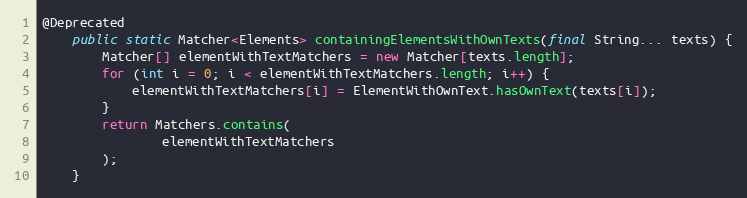
Language: Java
@Deprecated
    public static Matcher<Elements> containingElementsWithOwnTexts(final String... texts) {
        Matcher[] elementWithTextMatchers = new Matcher[texts.length];
        for (int i = 0; i < elementWithTextMatchers.length; i++) {
            elementWithTextMatchers[i] = ElementWithOwnText.hasOwnText(texts[i]);
        }
        return Matchers.contains(
                elementWithTextMatchers
        );
    }